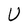
Character: U